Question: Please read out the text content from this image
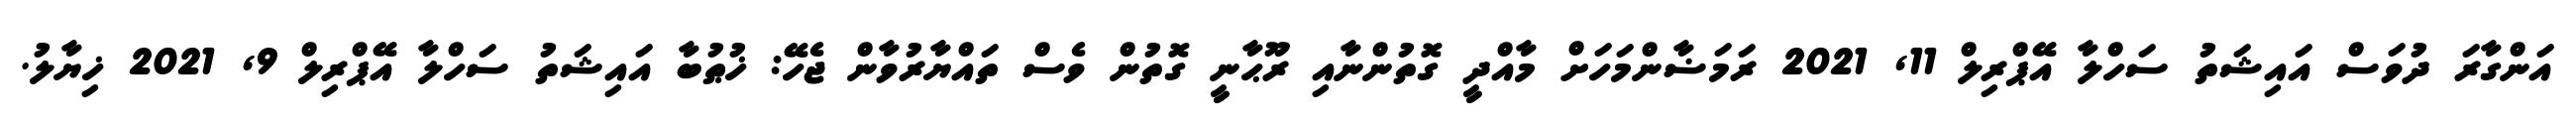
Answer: އަންގާރަ ދުވަސް އައިޝަތު ސަހްލާ އޭޕްރިލް 11, 2021 ރަމަޟާންމަހަށް މާއްދީ ގޮތުންނާއި ރޫޙާނީ ގޮތުން ވެސް ތައްޔާރުވާން ޖެހޭ: ޚުޠުބާ އައިޝަތު ސަހްލާ އޭޕްރިލް 9, 2021 ޚިޔާލު.